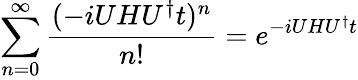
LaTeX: \sum_{n=0}^{\infty}\frac{(-iUHU^{\dagger}t)^{n}}{n!}=e^{-iUHU^{\dagger}t}